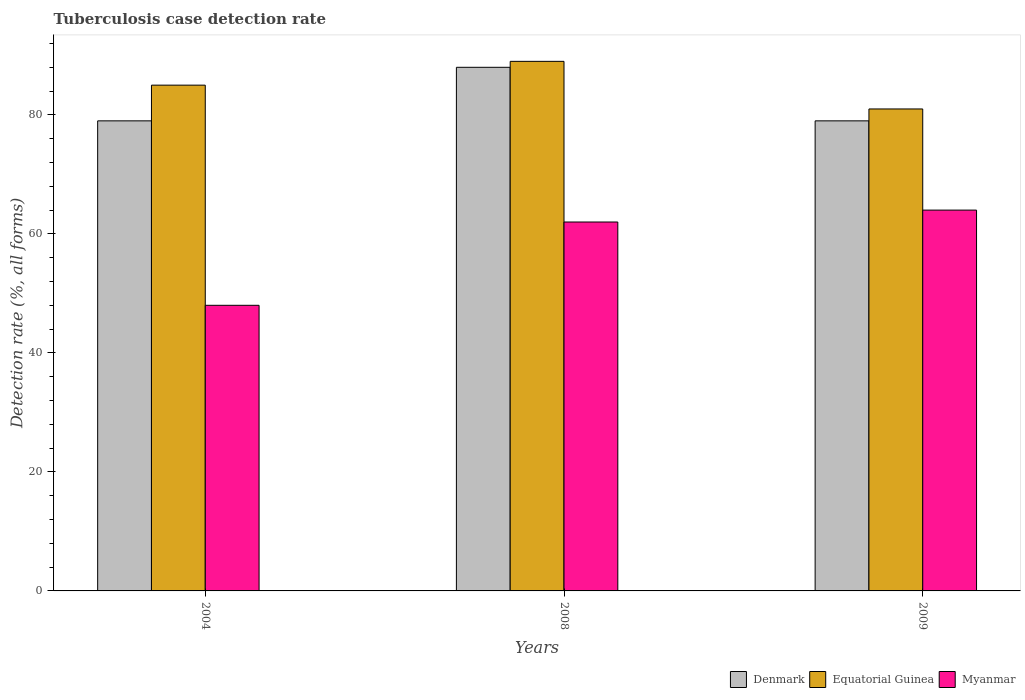
| Years | Denmark | Equatorial Guinea | Myanmar |
 | --- | --- | --- | --- |
 | 2004 | 79 | 85 | 48 |
 | 2008 | 88 | 89 | 62 |
 | 2009 | 79 | 81 | 64 |